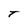
Character: T